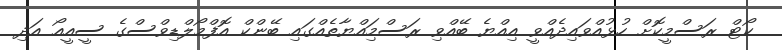
ކޯޓް ރަސްމީކޮށް ހުޅުއްވައިދެއްވީ އިއްޔެ ބޭއްވި ރަސްމިައްޔާތެއްގައި ބޭންކް އޮފްމޯލްޑިވްސްގެ ސީއީއޯ އަދި